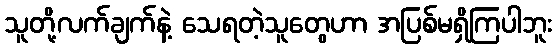
သူတို့လက်ချက်နဲ့ သေရတဲ့သူတွေဟာ အပြစ်မရှိကြပါဘူး